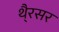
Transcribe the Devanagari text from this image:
थै्रसर